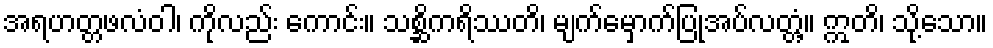
အရဟတ္တဖလံဝါ၊ ကိုလည်း ကောင်း။ သစ္ဆိကရိဿတိ၊ မျက်မှောက်ပြုအပ်လတ္တံ့။ ဣတိ၊ သို့သော။